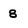
Character: 8